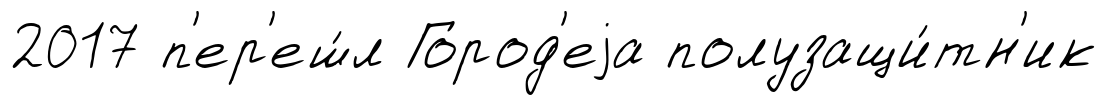
2017 п'ер'еш́л Город'еjа полузащи́тн'ик